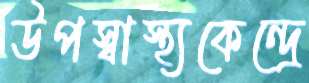
উপস্বাস্থ্যকেন্দ্রে